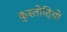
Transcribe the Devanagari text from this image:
कुस्तोदियो